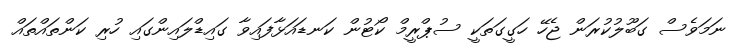
ނަމަވެސް ގަބޫލުކުރަން ޖެހޭ ހަގީގަތަކީ ސުޕްރީމް ކޯޓުން ކަނޑައަޅާފައިވާ ގައިޑްލައިންގައި ހުރި ކަންތައްތައް